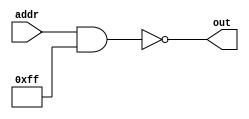
module addr_detect(addr, out);
	input [7:0] addr;
	output out;
	parameter base_addr = 8'h00; // the address to detect
	parameter addr_mask = 8'hFF; // which bits to care about (1 means we care)
	
	assign out = ((addr & addr_mask) == base_addr);
endmodule